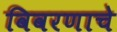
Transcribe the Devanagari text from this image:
विवरणाचे